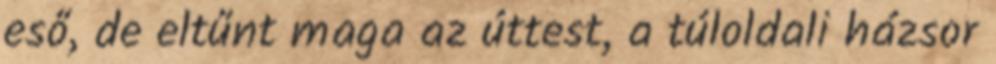
eső, de eltűnt maga az úttest, a túloldali házsor